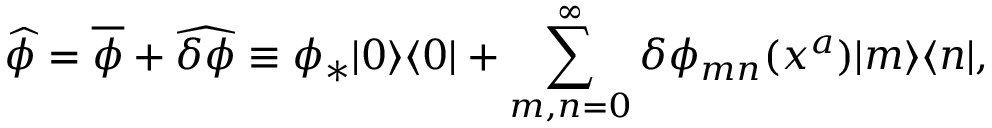
\widehat { \phi } = \overline { { { \phi } } } + \widehat { \delta \phi } \equiv \phi _ { * } | 0 \rangle \langle 0 | + \sum _ { m , n = 0 } ^ { \infty } \delta \phi _ { m n } ( x ^ { a } ) | m \rangle \langle n | ,